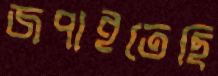
জপাইতেছি